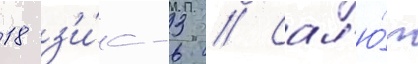
18 з'и́с-3 // Сал'ю́т